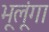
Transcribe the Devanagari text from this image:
भूलूंगा